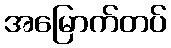
အမြောက်တပ်